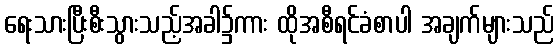
ရေးသားပြီးစီးသွားသည့်အခါ၌ကား ထိုအစီရင်ခံစာပါ အချက်များသည်